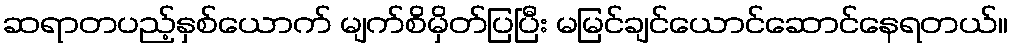
ဆရာတပည့်နှစ်ယောက် မျက်စိမှိတ်ပြပြီး မမြင်ချင်ယောင်ဆောင်နေရတယ်။